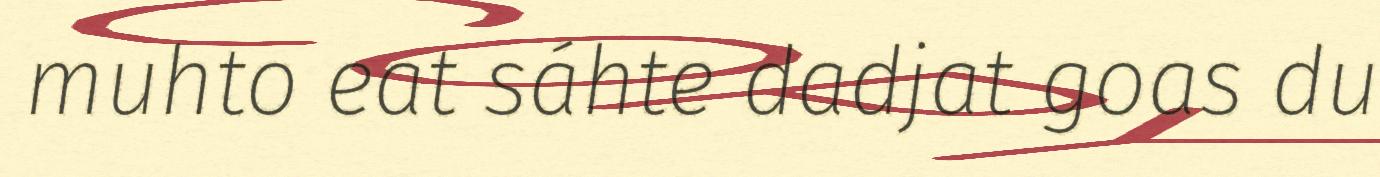
muhto eat sáhte dadjat goas du